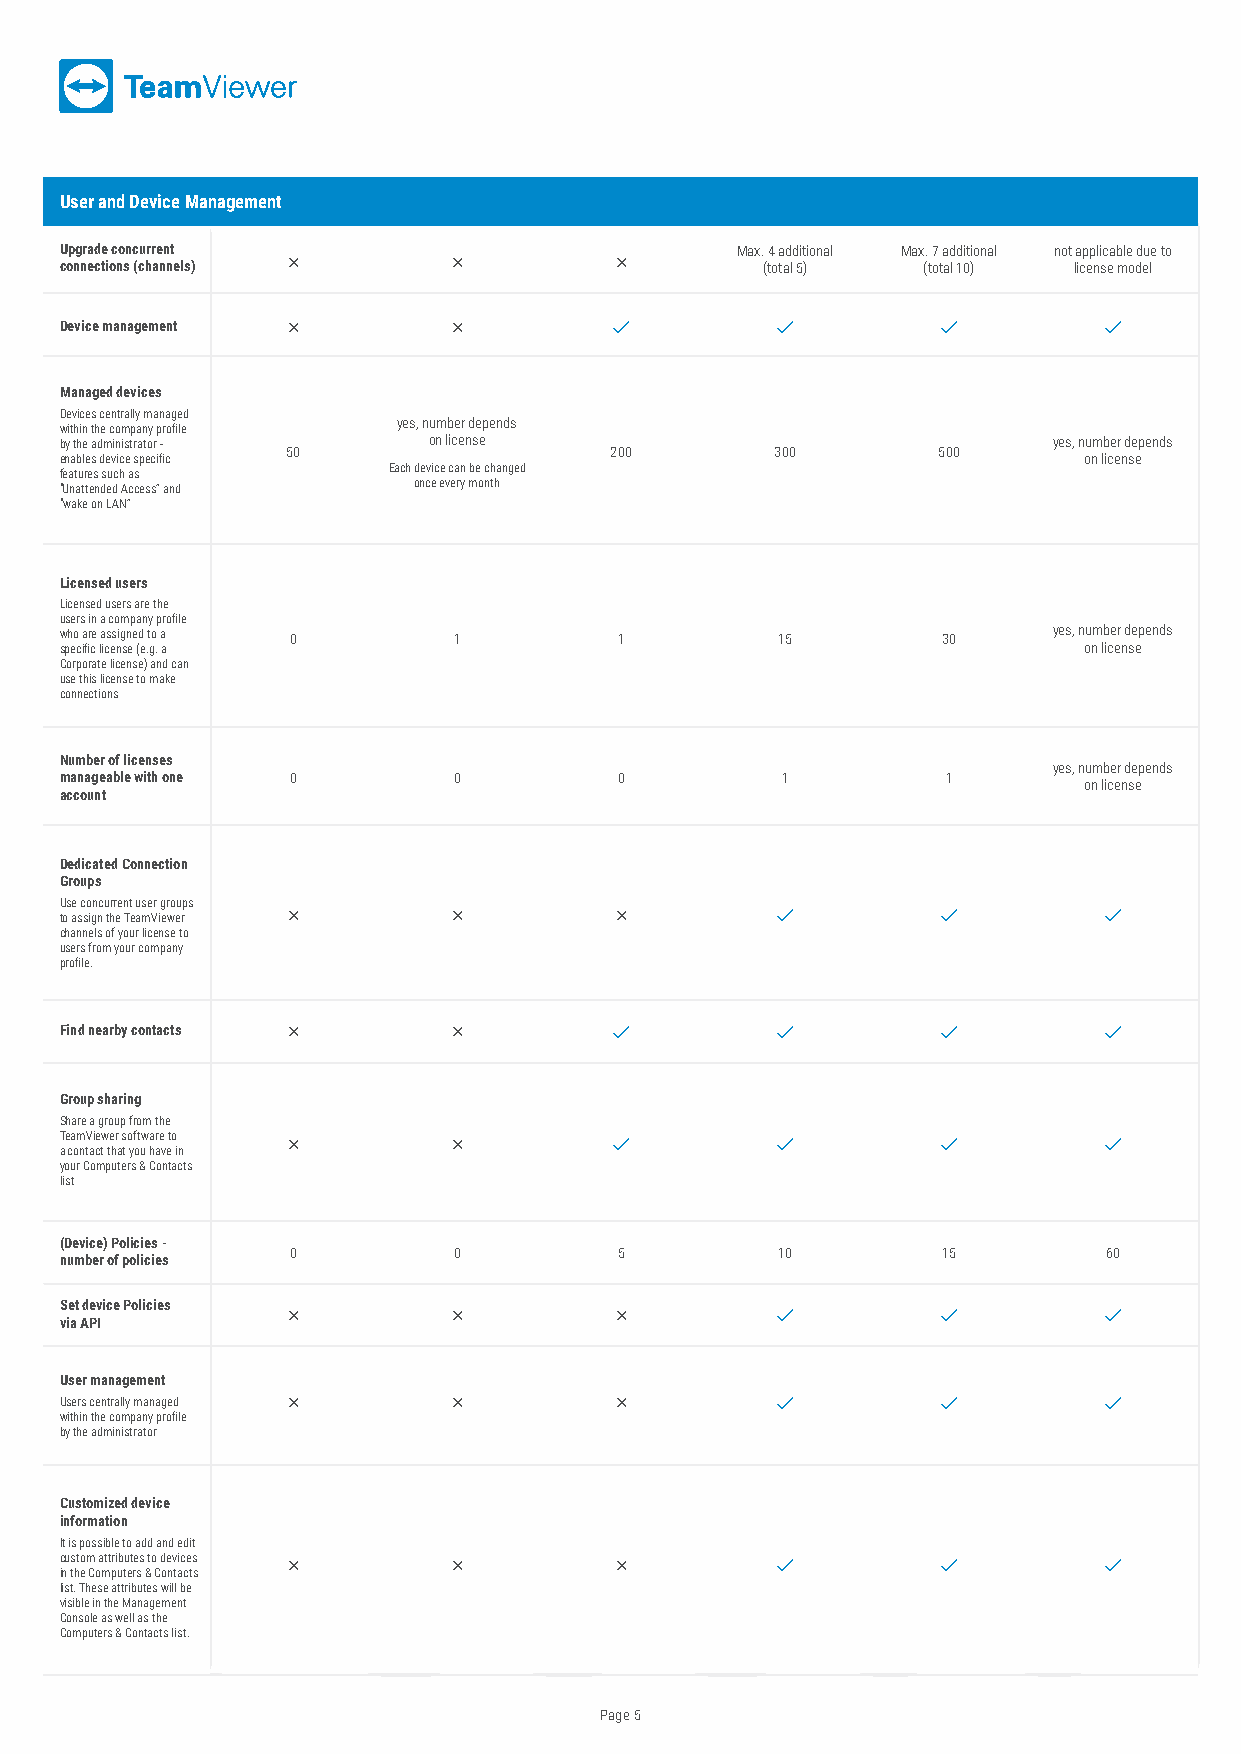
User and Device Management
 Upgrade concurrent                           Max. 4 additional Max. 7 additional not applicable due to
 connections (channels)                     (total 5)  (total 10) license model
 Device management                                               
 Managed devices
 Devices centrally managed
 within the company profile yes, number depends
 by the administrator -  on license                                yes, number depends
 50                   200        300        500
 enables device specific                                             on license
 features such as      Each device can be changed
 “Unattended Access” and once every month
 “wake on LAN”
 Licensed users
 Licensed users are the
 users in a company profile
 who are assigned to a 0   1          1         15         30      yes, number depends
 specific license (e.g. a                                            on license
 Corporate license) and can
 use this license to make
 connections
 Number of licenses
 yes, number depends
 manageable with one 0     0          0          1          1
 on license
 account
 Dedicated Connection
 Groups
 Use concurrent user groups
 to assign the TeamViewer                                        
 channels of your license to
 users from your company
 profile.
 Find nearby contacts                                            
 Group sharing
 Share a group from the
 TeamViewer software to                                          
 a contact that you have in
 your Computers & Contacts
 list
 (Device) Policies -
 0          0          5         10         15         60
 number of policies
 Set device Policies
                                                  
 via API
 User management
 Users centrally managed                                         
 within the company profile
 by the administrator
 Customized device
 information
 It is possible to add and edit
 custom attributes to devices                                    
 in the Computers & Contacts
 list. These attributes will be
 visible in the Management
 Console as well as the
 Computers & Contacts list.
 Page 5